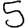
Digit: 5